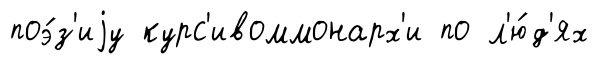
поэ́з'иjу курс'ивоммонарх'и по л'ю́д'ях